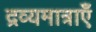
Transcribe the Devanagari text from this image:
द्रव्यमात्राएँ